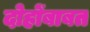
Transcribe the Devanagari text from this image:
दोहोंबाबत